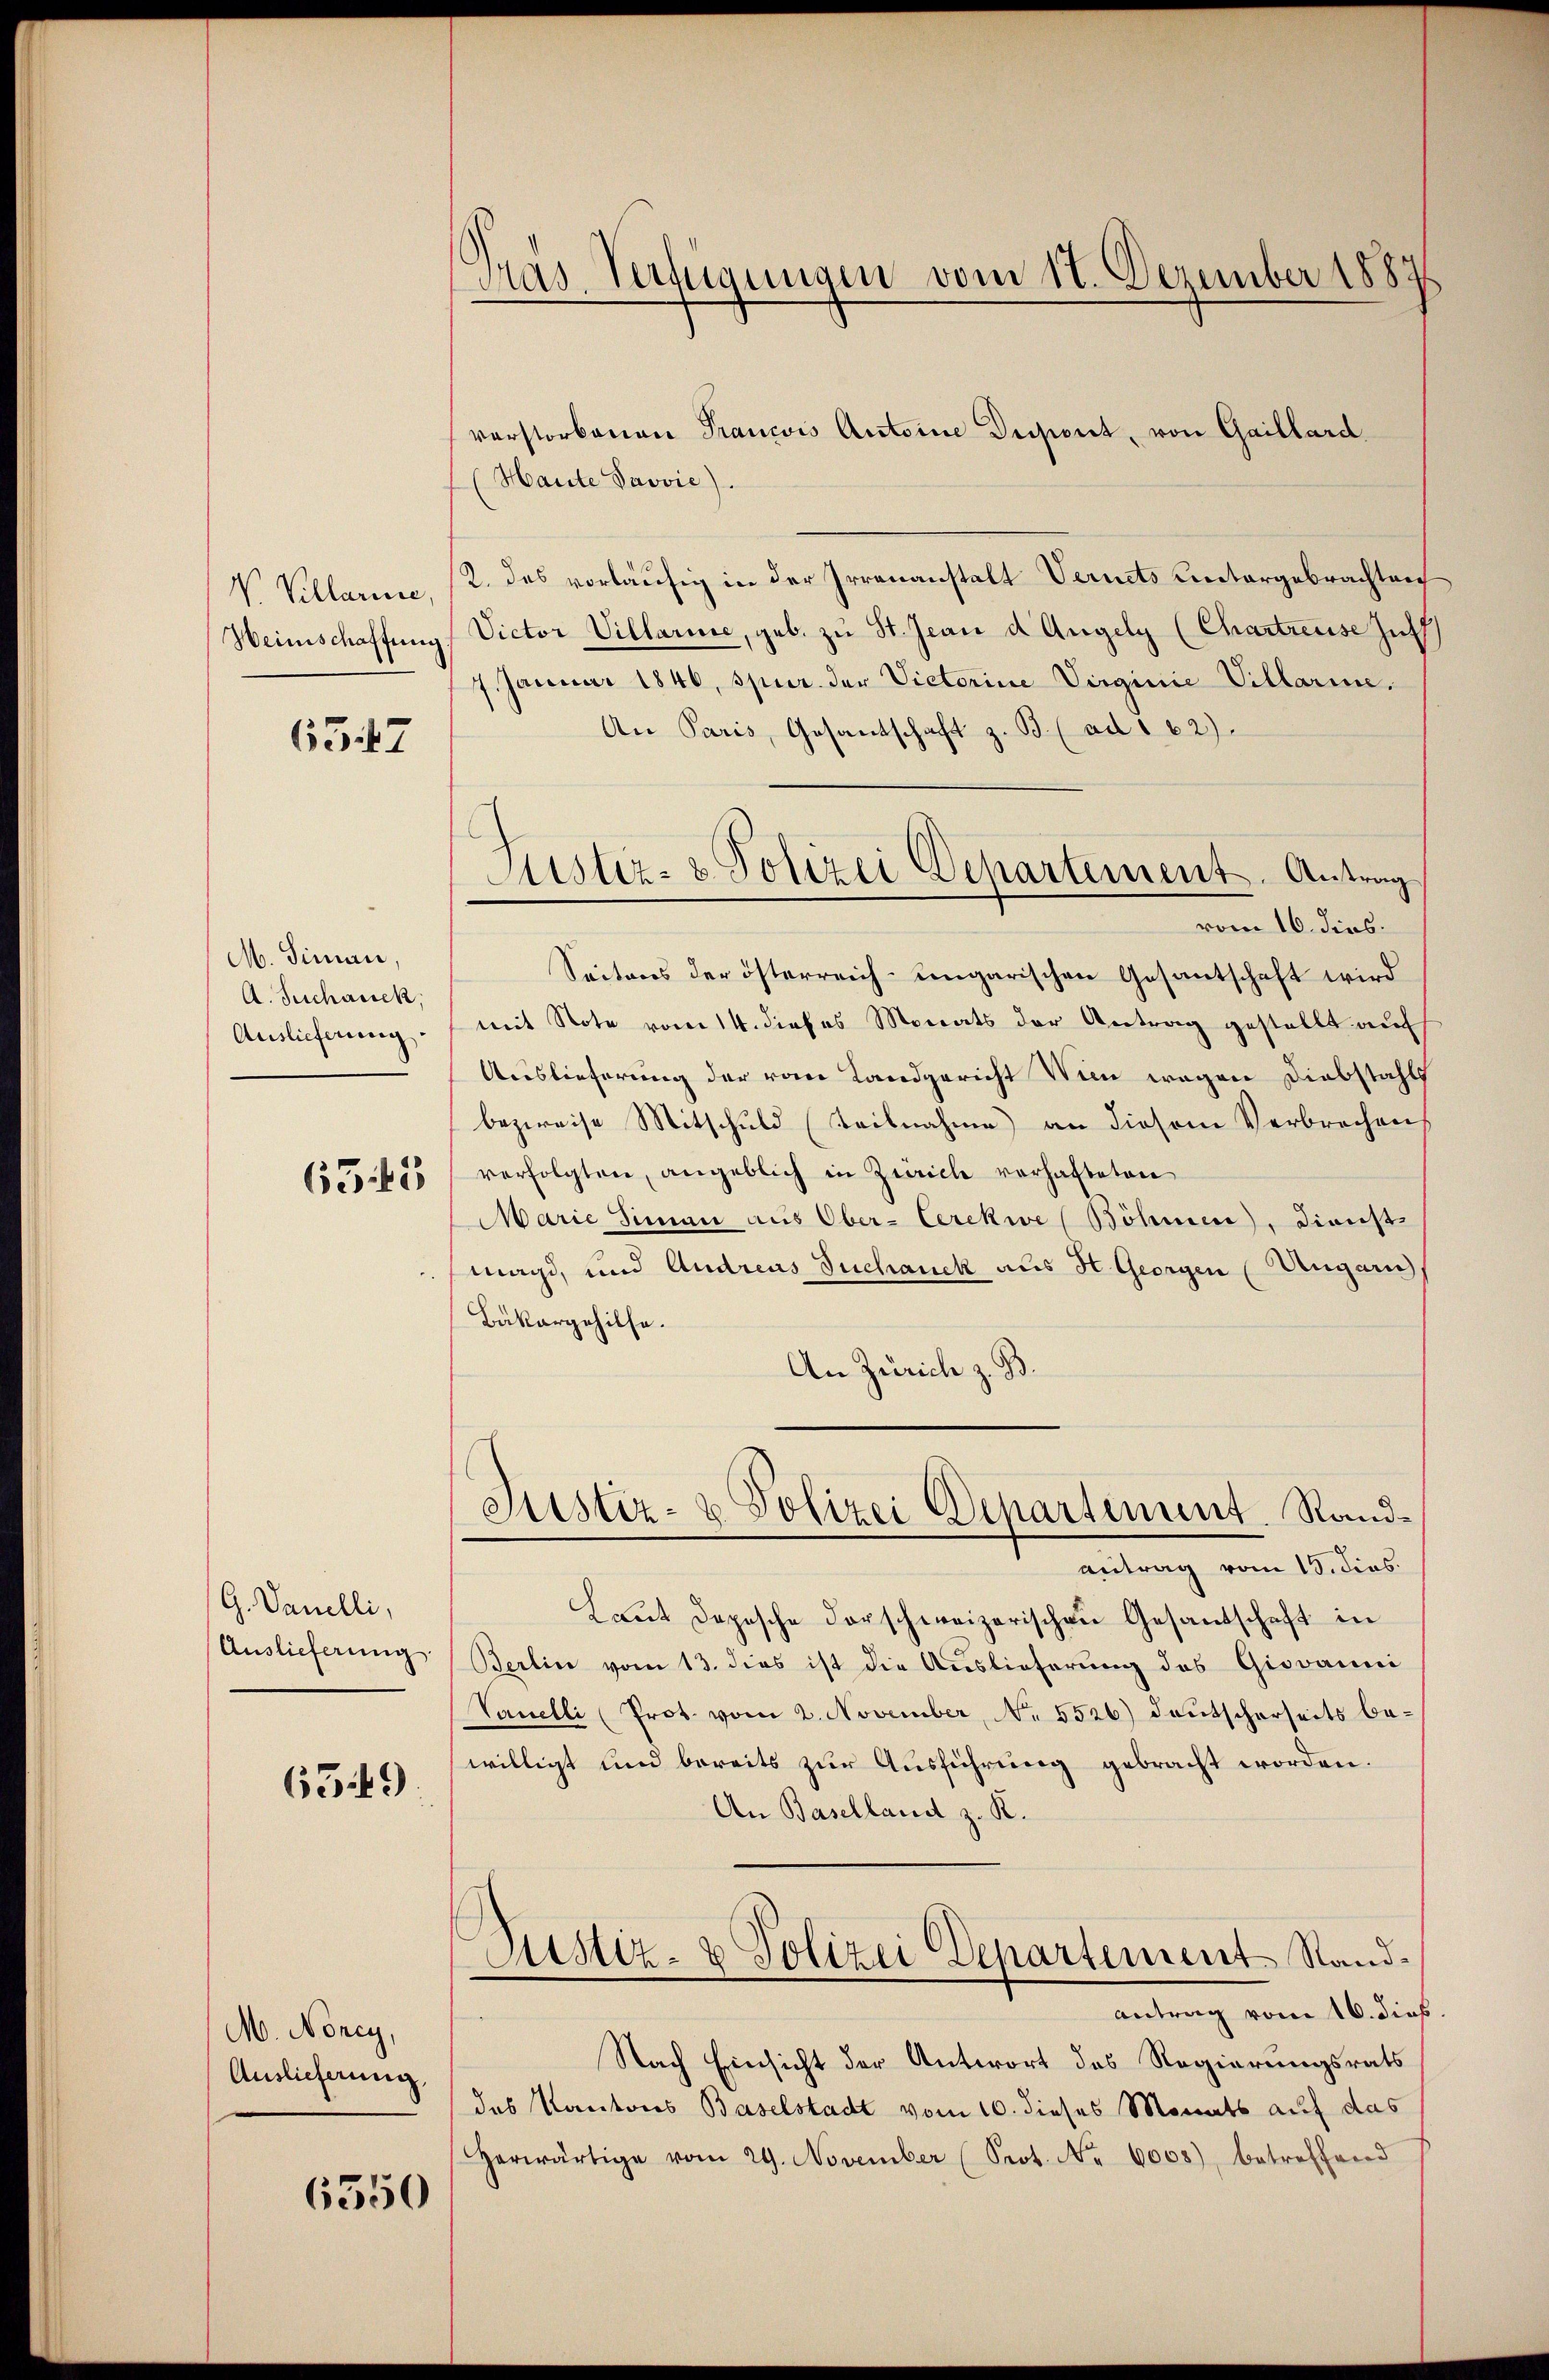
V. Villarice,
Heimschaffung

657

M. Siman,
A. Beschausek,
Auslieferung

655

G. Vanilli,
Auslieferung

6549.

M. Noney,
Auslieferung,

6550

Pras. Verfügungen vom 17. Dezember 1887

verstorbenen Francois Antoine Dispont, von Gaillard
Haute Prović).
2. das vorläufig in der Irrenanstalt Vernets Rectorgebrachten
Victor Villarie, geb. zŭ St. Jean d Angely (Chartreuse Just
7. Januar 1846, spur. der Victoriue Virginie Villarie,
An Paris, Gesantschaft z. B. (ad 162)
Seiteres der österreich-ungarischen Gesantschaft wird
mit Note vom 14. dieses Monats der Antrag gestellt auf
Auslieferung der vom Landgericht Wien wegen Diebstahls
bezweife Mitschuld (Teilnahme) an diesem Verbrechen
verfolgten, angeblich in Zürich verhafteten
Marie Siman aus Ober-Cerekwe (Böhmen, Dienst
magd, und Andreas Suchanck aus H. Georgen Ungarn
Bäkergehilfe.
An Zürich z. B.
Justiz- & Polizei Departement. Randantrag vom 15. dies
Laut Depesche darschweizerischen Gesandschaft in
Berlin vom 13. dies ist die Auslieferung des Giovanni
Vanelli (Prot. vom 2. November, No 5526) deutscherseits bewilligt und bereits zur Ausführung gebracht worden.
An Baselland z. R.
Justiz- & Polizei Departement Standantrag vom 16. dies
Nach Einsicht der Antwort des Regierungsrats
das Kantons Baselstadt vom 10. dieses Monats auf das
Herwärtige vom 29. November (Prot. No. 6005), betreffend

Sistiz- & Polizei Departement. Antrag
vom 16. dies.